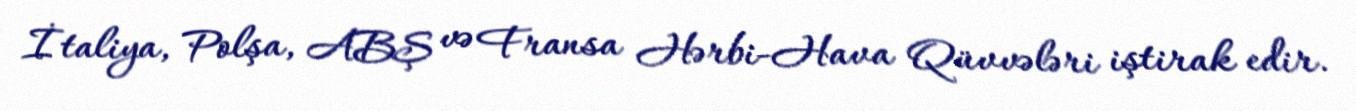
İtaliya, Polşa, ABŞ və Fransa Hərbi-Hava Qüvvələri iştirak edir.